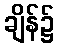
ချိန်၌